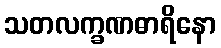
သတလက္ခဏဓာရိနော